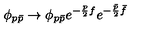
\phi _ { p { \bar { p } } } \rightarrow \phi _ { p { \bar { p } } } e ^ { - \frac { p } { 2 } f } e ^ { - \frac { \bar { p } } { 2 } { \bar { f } } }